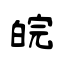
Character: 皖